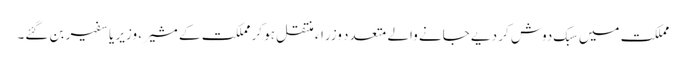
مملکت میں سبک دوش کر دیے جانے والے متعدد وزراء منتقل ہو کر مملکت کے مشیر ، وزیر یا سفیر بن گئے۔